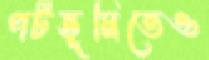
পটভূমিতেও